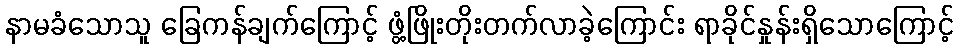
နာမခံသောသူ ခြေကန်ချက်ကြောင့် ဖွံ့ဖြိုးတိုးတက်လာခဲ့ကြောင်း ရာခိုင်နှုန်းရှိသောကြောင့်